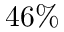
4 6 \%